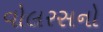
વોલરસનો